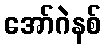
အော်ဂဲနစ်